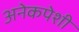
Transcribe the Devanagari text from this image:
अनेकपेशी